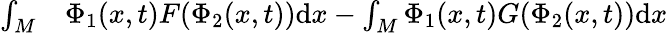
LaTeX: \begin{array}{rl}{\int_{M}}&{{}\Phi_{1}(x,t)F(\Phi_{2}(x,t))\mathrm{d}x-\int_{M}\Phi_{1}(x,t)G(\Phi_{2}(x,t))\mathrm{d}x}\end{array}